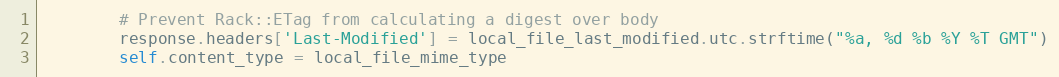
Language: Ruby
        # Prevent Rack::ETag from calculating a digest over body
        response.headers['Last-Modified'] = local_file_last_modified.utc.strftime("%a, %d %b %Y %T GMT")
        self.content_type = local_file_mime_type